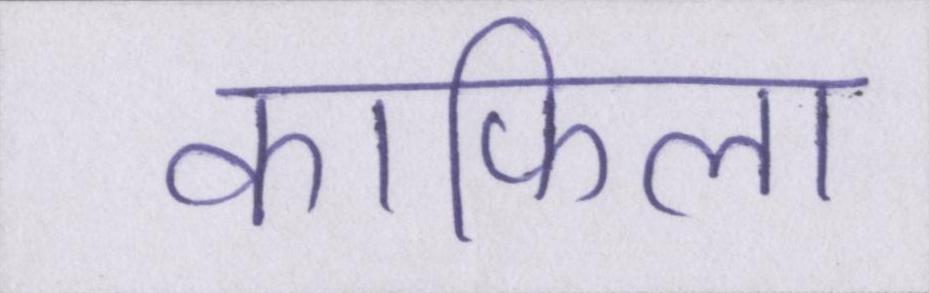
काफिला